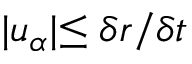
\lvert u _ { \alpha } \lvert \leq \delta r / \delta t